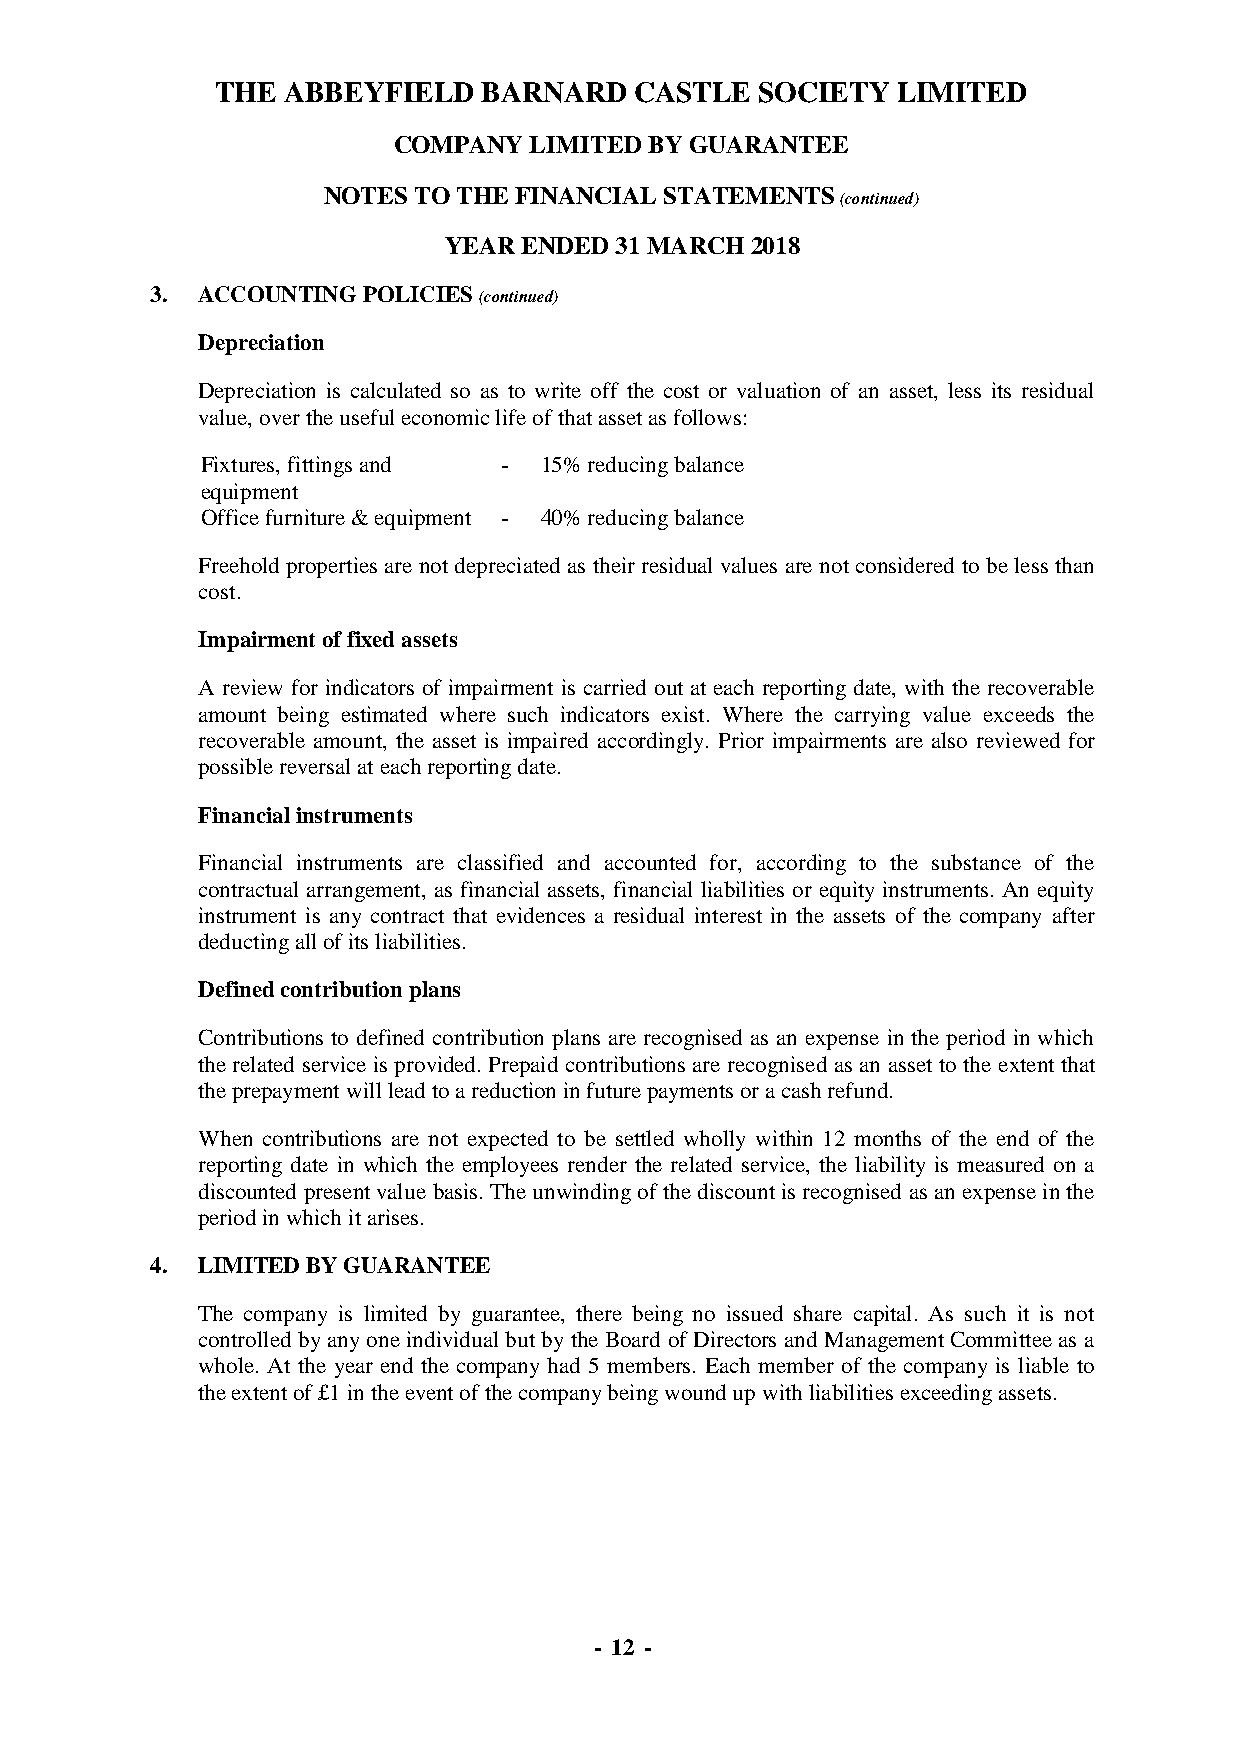
THE  ABBEYFIELD   BARNARD   CASTLE  SOCIETY  LIMITED
 COMPANY  LIMITED BY GUARANTEE
 NOTES TO THE FINANCIAL STATEMENTS
 (continued)
 YEAR  ENDED 31 MARCH 2018
 3. ACCOUNTING POLICIES (continued)
 Depreciation
 Depreciation is calculated so as to write off the cost or valuation of an asset, less its residual
 value, over the useful economic life of that asset as follows:
 Fixtures, fittings and - 15% reducing balance
 equipment
 Office furniture & equipment - 40% reducing balance
 Freehold properties are not depreciated as their residual values are not considered to be less than
 cost.
 Impairment of fixed assets
 A review for indicators of impairment is carried out at each reporting date, with the recoverable
 amount being estimated where such indicators exist. Where the carrying value exceeds the
 recoverable amount, the asset is impaired accordingly. Prior impairments are also reviewed for
 possible reversal at each reporting date.
 Financial instruments
 Financial instruments are classified and accounted for, according to the substance of the
 contractual arrangement, as financial assets, financial liabilities or equity instruments. An equity
 instrument is any contract that evidences a residual interest in the assets of the company after
 deducting all of its liabilities.
 Defined contribution plans
 Contributions to defined contribution plans are recognised as an expense in the period in which
 the related service is provided. Prepaid contributions are recognised as an asset to the extent that
 the prepayment will lead to a reduction in future payments or a cash refund.
 When contributions are not expected to be settled wholly within 12 months of the end of the
 reporting date in which the employees render the related service, the liability is measured on a
 discounted present value basis. The unwinding of the discount is recognised as an expense in the
 period in which it arises.
 4. LIMITED BY GUARANTEE
 The company is limited by guarantee, there being no issued share capital. As such it is not
 controlled by any one individual but by the Board of Directors and Management Committee as a
 whole. At the year end the company had 5 members. Each member of the company is liable to
 the extent of £1 in the event of the company being wound up with liabilities exceeding assets.
 - 12 -